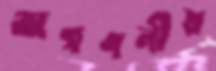
অগণনীয়